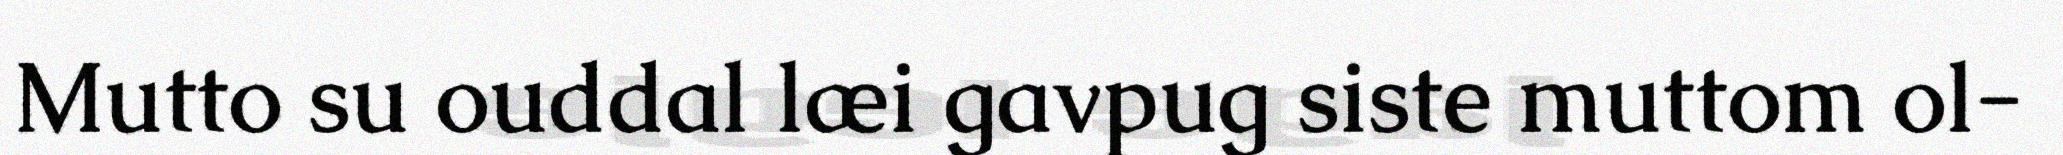
Mutto su ouddal læi gavpug siste muttom ol-